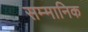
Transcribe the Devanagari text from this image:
सम्‍मानिक